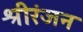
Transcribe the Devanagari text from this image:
श्रीरंजन